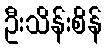
ဦးသိန်းစိန်